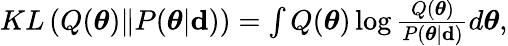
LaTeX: \begin{array}{r}{KL\left(Q(\boldsymbol{\theta})\| P(\boldsymbol{\theta}|\mathbf{d})\right)=\int Q(\boldsymbol{\theta})\log\frac{Q(\boldsymbol{\theta})}{P(\boldsymbol{\theta}|\mathbf{d})}d\boldsymbol{\theta},}\end{array}